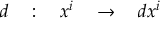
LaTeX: d \quad : \quad x ^ { i } \quad \rightarrow \quad d x ^ { i }